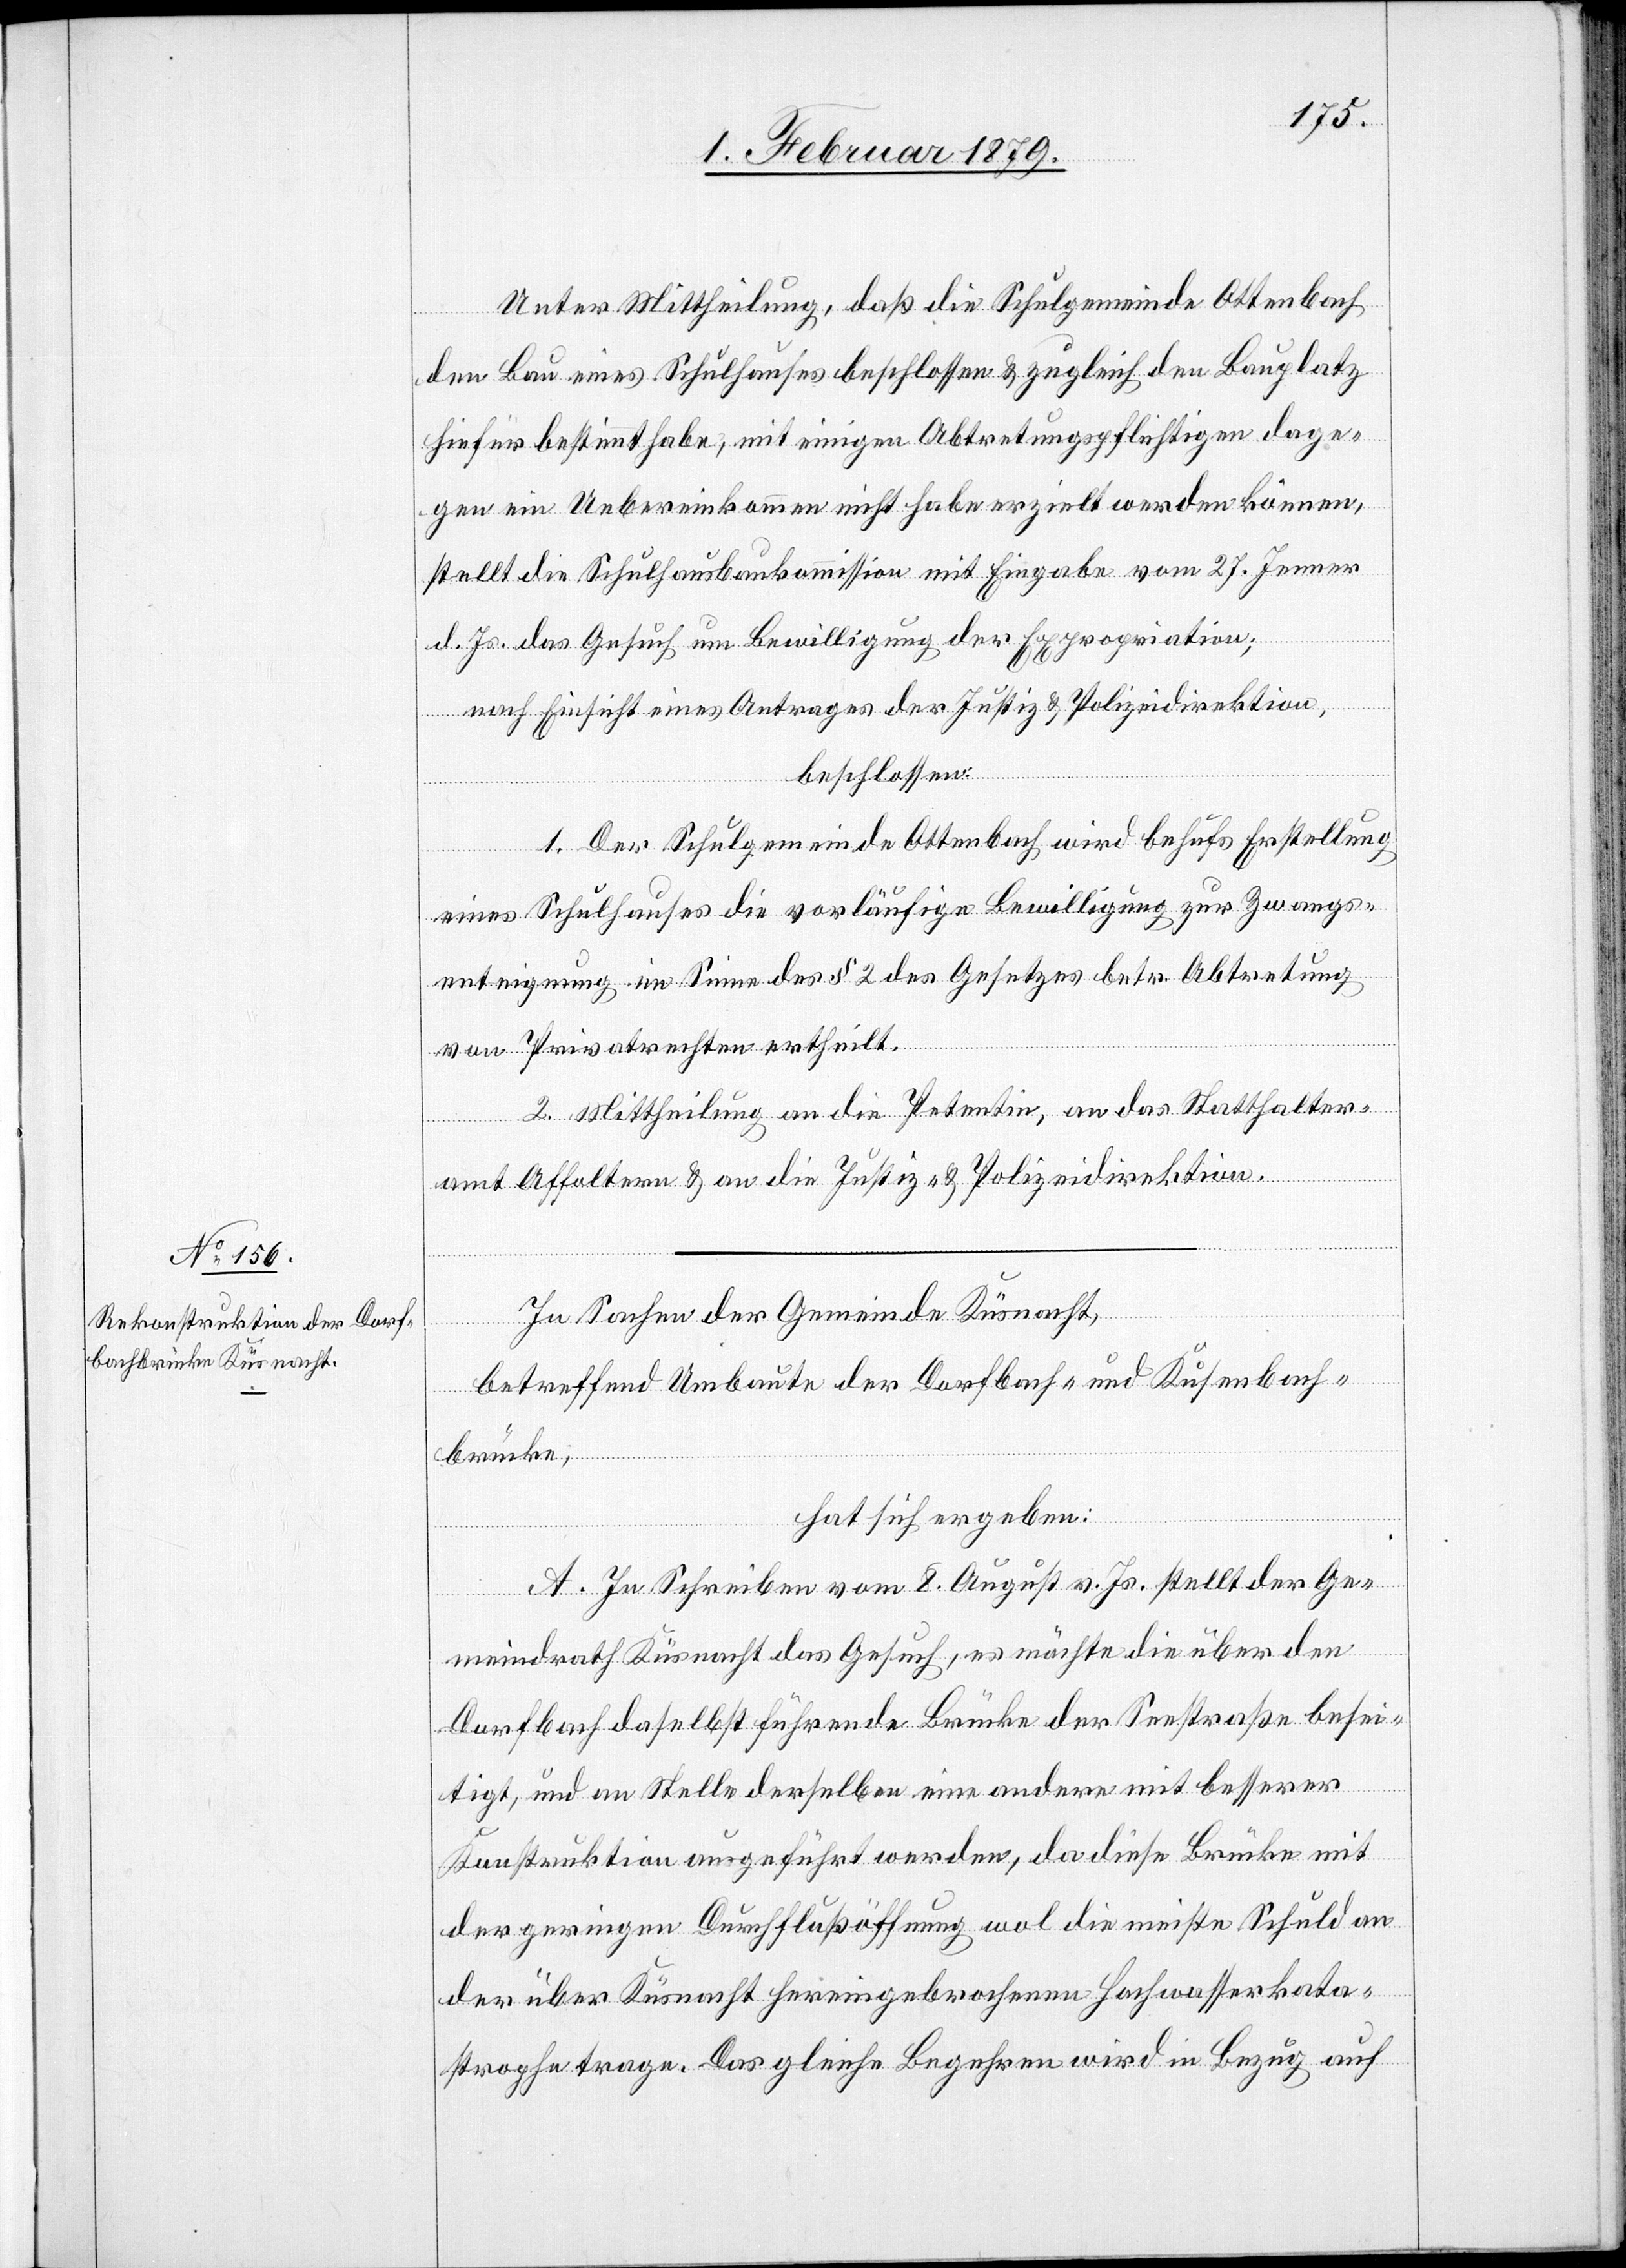
Unter Mittheilung, daß die Schulgemeinde Ottenbach
den Bau eines Schulhauses beschlossen & zugleich den Bauplatz
hiefür bestimmt habe, mit einigen Abtretungspflichtigen dage¬
gen ein Uebereinkommen nicht habe erzielt werden können,
stellt die Schulhausbaukommission mit Eingabe vom 27. Jenner
d. Js. das Gesuch um Bewilligung der Expropriation;
nach Einsicht eines Antrages der Justiz[-] & Polizeidirektion,
beschlossen:
1. Der Schulgemeinde Ottenbach wird behufs Erstellung
eines Schulhauses die vorläufige Bewilligung zur Zwangs¬
enteignung im Sinne des § 2 des Gesetzes betr. Abtretung
von Privatrechten ertheilt.
2. Mittheilung an die Petentin, an das Statthalter¬
amt Affoltern & an die Justiz- & Polizeidirektion.
In Sachen der Gemeinde Küsnacht,
betreffend Umbaute der Dorfbach- und Kusenbach¬
In
brücke,
hat sich ergeben:
[sic!] Schreiben vom 8. August v. Js. stellt der Ge¬
meindrath Küsnacht das Gesuch, es möchte die über den
Dorfbach daselbst führende Brücke der Seestraße besei¬
tigt, und an Stelle derselben eine andere mit besserer
Konstruktion ausgeführt werden, da diese Brücke mit
der geringen Durchflußöffnung wol die meiste Schuld an
der über Küsnacht hereingebrochenen Hochwasserkata¬
strophe trage. Das gleiche Begehren wird in Bezug auf